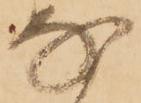
な